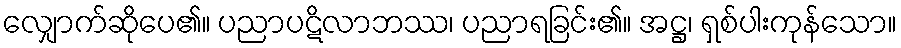
လျှောက်ဆိုပေ၏။ ပညာပဋိလာဘဿ၊ ပညာရခြင်း၏။ အဋ္ဌ၊ ရှစ်ပါးကုန်သော။